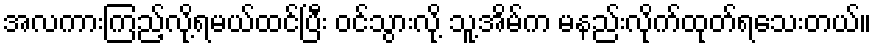
အလကားကြည့်လို့ရမယ်ထင်ပြီး ဝင်သွားလို့ သူ့အိမ်က မနည်းလိုက်ထုတ်ရသေးတယ်။